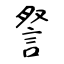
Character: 詧